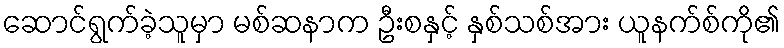
ဆောင်ရွက်ခဲ့သူမှာ မစ်ဆနာက ဦးစနှင့် နှစ်သစ်အား ယူနက်စ်ကို၏